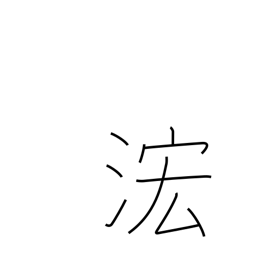
Meaning: rising waters